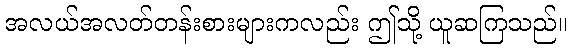
အလယ်အလတ်တန်းစားများကလည်း ဤသို့ ယူဆကြသည်။